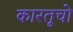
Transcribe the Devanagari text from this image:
कारतूचो